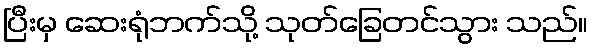
ပြီးမှ ဆေးရုံဘက်သို့ သုတ်ခြေတင်သွား သည်။